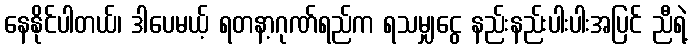
နေနိုင်ပါတယ်၊ ဒါပေမယ့် ရတနာ့ဂုဏ်ရည်က ရသမျှငွေ နည်းနည်းပါးပါးအပြင် ညီရဲ့